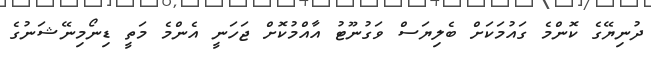
ދުނިޔޭގެ ކޮންމެ ގައުމަކަށް ބެލިޔަސް ވަގުނޫޓު އާއްމުކޮށް ޖަހަނީ އެންމެ މަތީ ޑިނޯމިނޭޝަނުގެ